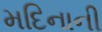
મદિનાની